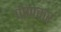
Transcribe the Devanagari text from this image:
चोणकर